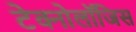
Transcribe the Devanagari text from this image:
टेक्नोलॉजिस